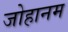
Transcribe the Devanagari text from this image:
जोहानम